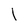
Character: l